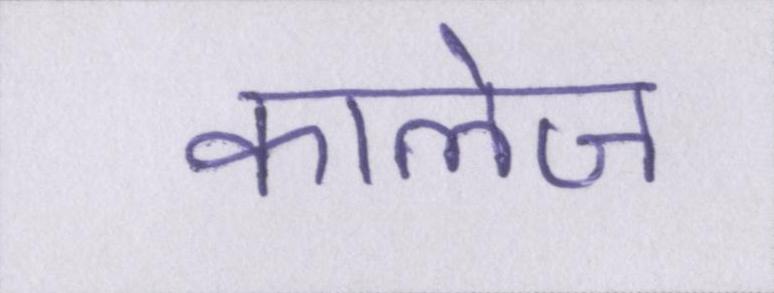
कालेज